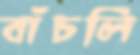
বাঁচলি